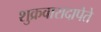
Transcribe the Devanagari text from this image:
शुक्रवारादापेते